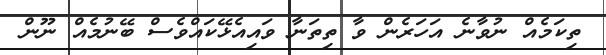
ތިކަމެއް ނުވާނެ އަހަރެން ވާ ތިތަނާ ވައިއެޅޭކައްވެސް ބޭނުމެއް ނޫން